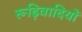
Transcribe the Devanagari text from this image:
रूढ़िवादियों